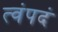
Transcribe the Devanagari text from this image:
त्वंपदं